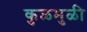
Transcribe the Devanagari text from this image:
कुळमुळी